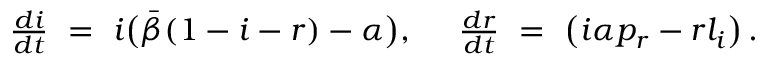
\begin{array} { r } { \frac { d i } { d t } \ = \ i \big ( \bar { \beta } ( 1 - i - r ) - \alpha \big ) , \ \ \ \ \frac { d r } { d t } \ = \ \left( i \alpha p _ { r } - r l _ { i } \right) . } \end{array}